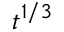
t ^ { 1 / 3 }